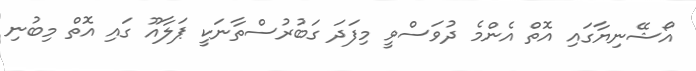
އޯޝޭނިޔާގައި އޮތް އެންމެ ދުވަސްވީ މިފަދަ ގަބުރުސްތާނަކީ ޕަލާއޫ ގައި އޮތް މިބުނި